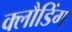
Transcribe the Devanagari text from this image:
क्लौडिंग